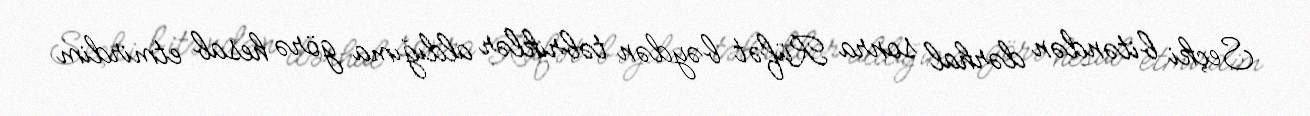
Seçki bitəndən dərhal sonra Rüfət bəydən təbriklər aldığıma görə hesab etmirdim